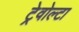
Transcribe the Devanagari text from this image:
ट्रेवोल्टा